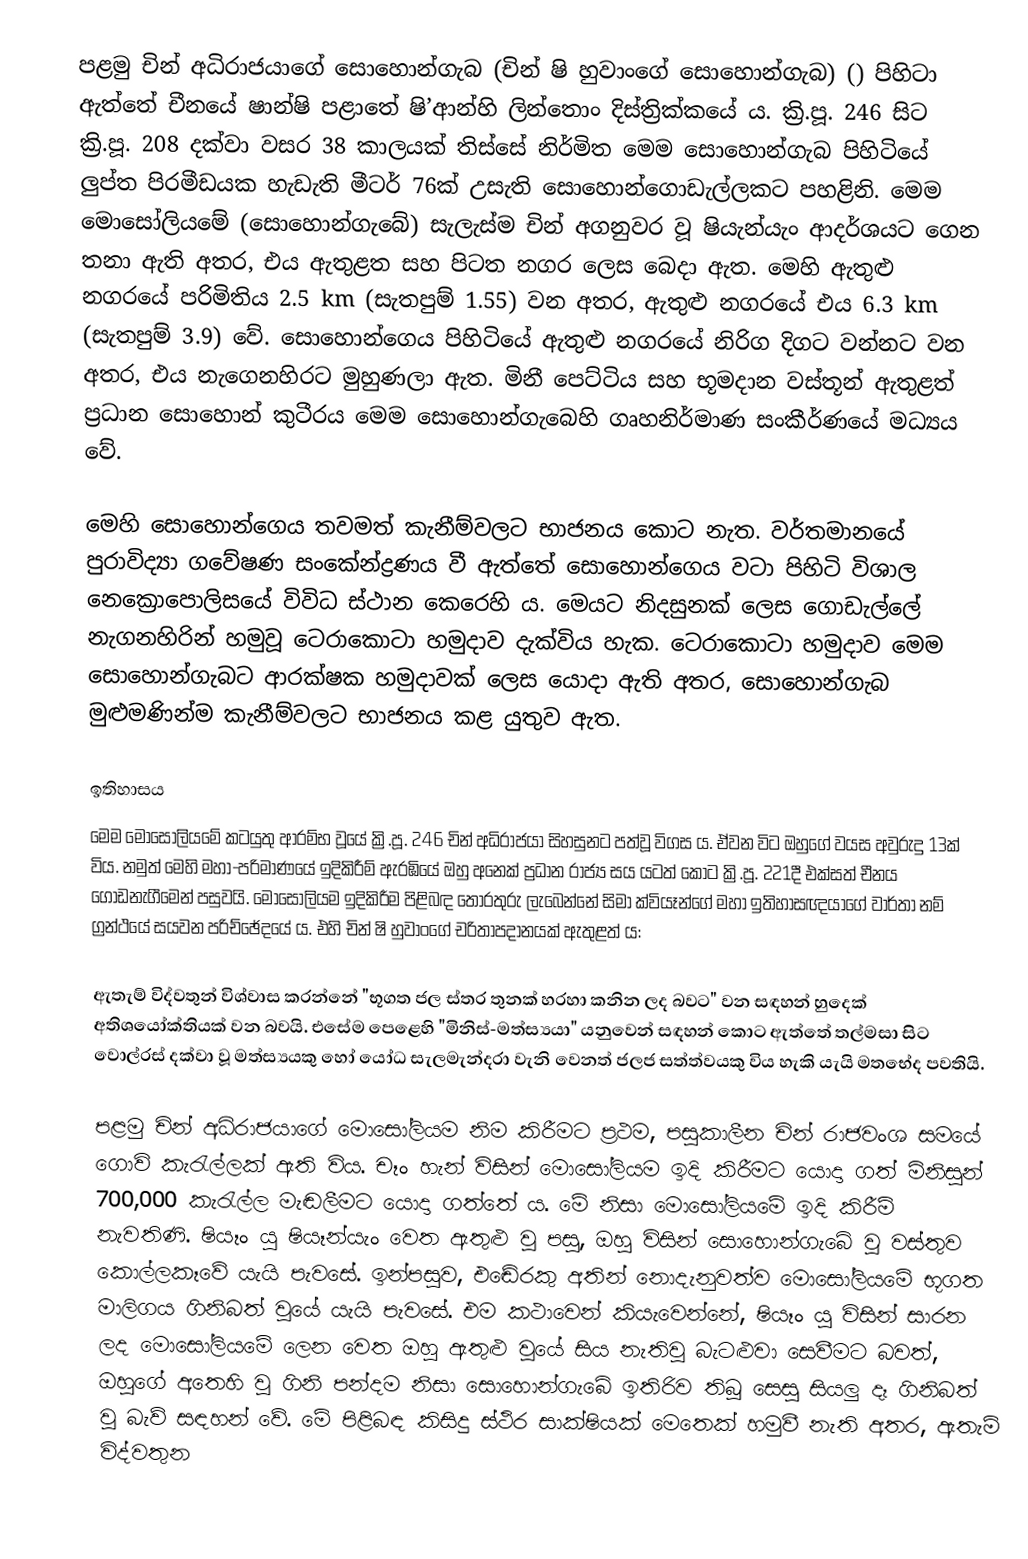
පළමු චින් අධිරාජයාගේ සොහොන්ගැබ (චින් ෂි හුවාංගේ සොහොන්ගැබ) () පිහිටා ඇත්තේ චීනයේ ෂාන්ෂි පළාතේ ෂි’ආන්හි ලින්තොං දිස්ත්‍රික්කයේ ය. ක්‍රි.පූ. 246 සිට ක්‍රි.පූ. 208 දක්වා වසර 38 කාලයක් තිස්සේ නිර්මිත මෙම ‍සොහොන්ගැබ පිහිටියේ ලුප්ත පිරමීඩයක හැඩැති මීටර් 76ක් උසැති සොහොන්ගොඩැල්ලකට පහළිනි. මෙම මොසෝලියමේ (සොහොන්ගැබේ) සැලැස්ම චින් අගනුවර වූ ෂියැන්යැං ආදර්ශයට ගෙන තනා ඇති අතර, එය ඇතුළත සහ පිටත නගර ලෙස බෙදා ඇත. මෙහි ඇතුළු නගරයේ පරිමිතිය 2.5 km (සැතපුම් 1.55) වන අතර, ඇතුළු නගරයේ එය 6.3 km (සැතපුම් 3.9) වේ. සොහොන්ගෙය පිහිටියේ ඇතුළු නගරයේ නිරිග දිගට වන්නට වන අතර, එය නැගෙනහිරට මුහුණලා ඇත. මිනී පෙට්ටිය සහ භූමදාන වස්තූන් ඇතුළත් ප්‍රධාන සොහොන් කුටීරය මෙම සොහොන්ගැබෙහි ගෘහනිර්මාණ සංකීර්ණයේ මධ්‍යය වේ.

මෙහි සොහොන්ගෙය තවමත් කැනීම්වලට භාජනය කොට නැත. වර්තමානයේ පුරාවිද්‍යා ගවේෂණ සංකේන්ද්‍රණය වී ඇත්තේ සොහො‍න්ගෙය වටා පිහිටි විශාල නෙක්‍රොපොලිසයේ විවිධ ස්ථාන කෙරෙහි ය. මෙයට නිදසුනක් ලෙස ගොඩැල්ලේ නැගනහිරින් හමුවූ ටෙරාකොටා හමුදාව දැක්විය හැක. ටෙරාකොටා හමුදාව මෙම සොහොන්ගැබට ආරක්ෂක හමුදාවක් ලෙස යොදා ඇති අතර, සොහොන්ගැබ මුළුමණින්ම කැනීම්වලට භාජනය කළ යුතුව ඇත.

ඉතිහාසය
මෙම මොසෝලියමේ කටයුතු ආරම්භ වූයේ ක්‍රි.පූ. 246 චින් අධිරාජයා සිහසුනට පත්වූ විගස ය. ඒවන විට ඔහුගේ වයස අවුරුදු 13ක් විය. නමුත් මෙහි මහා-පරිමාණයේ ඉදිකිරීම් ඇරඹියේ ඔහු අනෙක් ප්‍රධාන රාජ්‍ය සය යටත් කොට ක්‍රි.පූ. 221දී එක්සත් චීනය ගොඩනැගීමෙන් පසුවයි. මොසෝලියම ඉදිකිරීම පිළිබඳ තොරතුරු ලැබෙන්නේ සිමා ක්වියෑන්ගේ මහා ඉතිහාසඥයාගේ වාර්තා නම් ග්‍රන්ථයේ සයවන පරිච්ඡේදයේ ය. එහි චින් ෂි හුවාංගේ චරිතාපදානයක් ඇතුළත් ය:

ඇතැම් විද්වතුන් විශ්වාස කරන්නේ "භූගත ජල ස්තර තුනක් හරහා කනින ලද බවට" වන සඳහන් හුදෙක් අතිශයෝක්තියක් වන බවයි. එසේම පෙළෙහි "මිනිස්-මත්ස්‍යයා" යනුවෙන් සඳහන් කොට ඇත්තේ තල්මසා සිට වොල්රස් දක්වා වූ මත්ස්‍යයකු හෝ යෝධ සැලමැන්දරා වැනි වෙනත් ජලජ සත්ත්වයකු විය හැකි යැයි මතභේද පවතියි.

පළමු චින් අධිරාජයාගේ මොසෝලියම නිම කිරීමට ප්‍රථම, පසුකාලීන චින් රාජවංශ සමයේ ගොවි කැරැල්ලක් ඇති විය. චෑං හැන් විසින් මොසෝලියම ඉදි කිරීමට යොදා ගත් මිනිසුන් 700,000 කැරැල්ල මැඬලීමට යොදා ගත්තේ ය. මේ නිසා මොසෝලියමේ ඉදි කිරීම් නැවතිණි. ෂියෑං යූ ෂියෑන්යැං වෙත ඇතුළු වූ පසු, ඔහු විසින් සොහොන්ගැබේ වූ වස්තුව කොල්ලකෑවේ යැයි පැවසේ. ඉන්පසුව, එ‍ඬේරකු අතින් නොදැනුවත්ව මොසෝලියමේ භූගත මාලිගය ගිනිබත් වූයේ යැයි පැවසේ. එම කථාවෙන් කියැවෙන්නේ, ෂියෑං යු විසින් සාරන ලද මොසෝලියමේ ලෙන වෙත ඔහු ඇතුළු වූයේ සිය නැතිවූ බැටළුවා සෙවීමට බවත්, ඔහුගේ අතෙහි වූ ගිනි පන්දම නිසා සොහොන්ගැබේ ඉතිරිව තිබූ සෙසු සියලු දෑ ගිනිබත් වූ බැව් සඳහන් වේ. මේ පිළිබඳ කිසිදු ස්ථිර සාක්ෂියක් මෙතෙක් හමුවී නැති අතර, ඇතැම් විද්වතුන